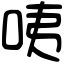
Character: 咦